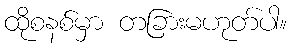
ထိုစနစ်မှာ တခြားမဟုတ်ပါ။